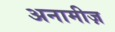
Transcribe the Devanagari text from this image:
अनामीज़